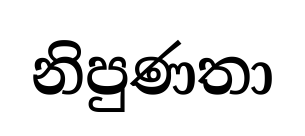
නිපුණතා